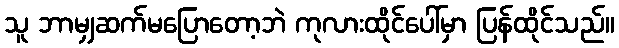
သူ ဘာမျှဆက်မပြောတော့ဘဲ ကုလားထိုင်ပေါ်မှာ ပြန်ထိုင်သည်။